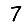
Digit: 7